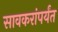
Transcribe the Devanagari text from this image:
सावकरांपर्यंत